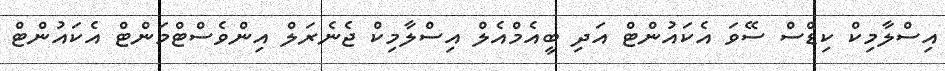
އިސްލާމިކް ކިޑްސް ސޭވަ އެކައުންޓް އަދި ބީއެމްއެލް އިސްލާމިކް ޖެނެރަލް އިންވެސްޓްމަންޓް އެކައުންޓް